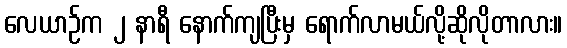
လေယာဉ်က ၂ နာရီ နောက်ကျပြီးမှ ရောက်လာမယ်လို့ဆိုလိုတာလား။